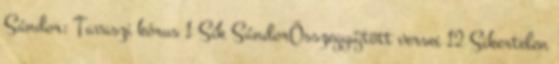
Sándor: Tavaszi kórus 1 Sík SándorÖsszegyűjtött versei 12 Sikertelen